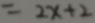
= 2 x + 2